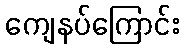
ကျေနပ်ကြောင်း